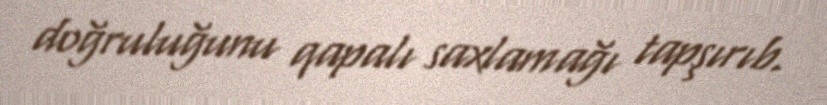
doğruluğunu qapalı saxlamağı tapşırıb.